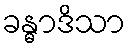
ခန္ဓာဒိသာ